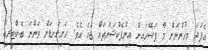
އެފަދަ މީހުންނަށް މާ ފަސޭހައިން އިންފެކްޝަންތައް ޖެހެ އެވެ. ހަށިގަނޑަށް ވަންނަ ބެކްޓީރިއާ